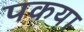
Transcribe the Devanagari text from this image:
पकया